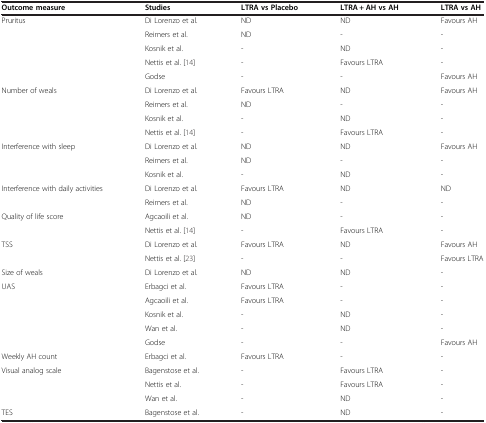
| Outcome measure | Studies | LTRA vs Placebo | LTRA + AH vs AH | LTRA vs AH |
 | --- | --- | --- | --- | --- |
 | <ROWSPAN=5> Pruritus | Di Lorenzo et al. | ND | ND | Favours AH |
 | Reimers et al. | ND | - | - |
 | Kosnik et al. | - | ND | - |
 | Nettis et al. [14] | - | Favours LTRA | - |
 | Godse | - | - | Favours AH |
 | <ROWSPAN=4> Number of weals | Di Lorenzo et al. | Favours LTRA | ND | Favours AH |
 | Reimers et al. | ND | - | - |
 | Kosnik et al. | - | ND | - |
 | Nettis et al. [14] | - | Favours LTRA | - |
 | <ROWSPAN=3> Interference with sleep | Di Lorenzo et al. | ND | ND | Favours AH |
 | Reimers et al. | ND | - | - |
 | Kosnik et al. | - | ND | - |
 | <ROWSPAN=2> Interference with daily activities | Di Lorenzo et al. | Favours LTRA | ND | ND |
 | Reimers et al. | ND | - | - |
 | <ROWSPAN=2> Quality of life score | Agcaoili et al. | ND | - | - |
 | Nettis et al. [14] | - | Favours LTRA | - |
 | <ROWSPAN=2> TSS | Di Lorenzo et al. | Favours LTRA | ND | Favours AH |
 | Nettis et al. [23] | - | - | Favours LTRA |
 | Size of weals | Di Lorenzo et al. | ND | ND | - |
 | <ROWSPAN=5> UAS | Erbagci et al. | Favours LTRA | - | - |
 | Agcaoili et al. | Favours LTRA | - | - |
 | Kosnik et al. | - | ND | - |
 | Wan et al. | - | ND | - |
 | Godse | - | - | Favours AH |
 | Weekly AH count | Erbagci et al. | Favours LTRA | - | - |
 | <ROWSPAN=3> Visual analog scale | Bagenstose et al. | - | Favours LTRA | - |
 | Nettis et al. | - | Favours LTRA | - |
 | Wan et al. | - | ND | - |
 | TES | Bagenstose et al. | - | ND | - |